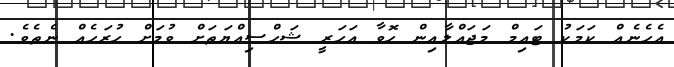
އެހެނެއް ކަމަކު ޓައިމް މަޖައްލާއިން ހޮވާ އަހަރީ ޝަހްސިއްޔަތަށް ވުމަށް ހުރަހެއް ނެތެވެ.